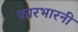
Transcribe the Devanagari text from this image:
कारभारनी